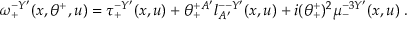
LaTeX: \omega _ { + } ^ { - Y ^ { \prime } } ( x , \theta ^ { + } , u ) = \tau _ { + } ^ { - Y ^ { \prime } } ( x , u ) + \theta _ { + } ^ { + A ^ { \prime } } l _ { A ^ { \prime } } ^ { -- Y ^ { \prime } } ( x , u ) + i ( \theta _ { + } ^ { + } ) ^ { 2 } \mu _ { - } ^ { - 3 Y ^ { \prime } } ( x , u ) \; .